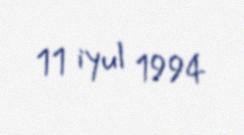
11 iyul 1994